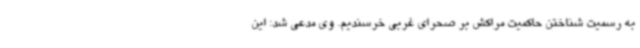
به رسمیت شناختن حاکمیت مراکش بر صحرای غربی خرسندیم. وی مدعی شد: این